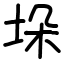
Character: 垛